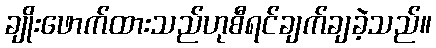
ချိုးဖောက်ထားသည်ဟုစီရင်ချက်ချခဲ့သည်။